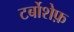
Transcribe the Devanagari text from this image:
टर्बोशेफ़